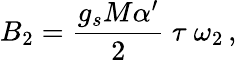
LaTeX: B_{2}=\frac{g_{s}M\alpha^{\prime}}{2}\ \tau\ \omega_{2}\, ,